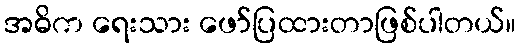
အဓိက ရေးသား ဖော်ပြထားတာဖြစ်ပါတယ်။